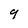
Character: 9